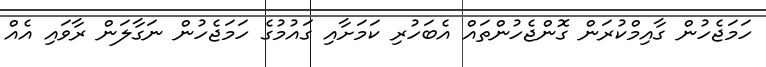
ހަމަޖެހުން ގާއިމްކުރަން ގޮންޖެހުންތައް އެބަހުރި ކަމަށާއި ގައުމުގެ ހަމަޖެހުން ނަގާލަން ރާވައި އެއް